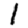
Digit: 1